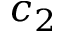
c _ { 2 }